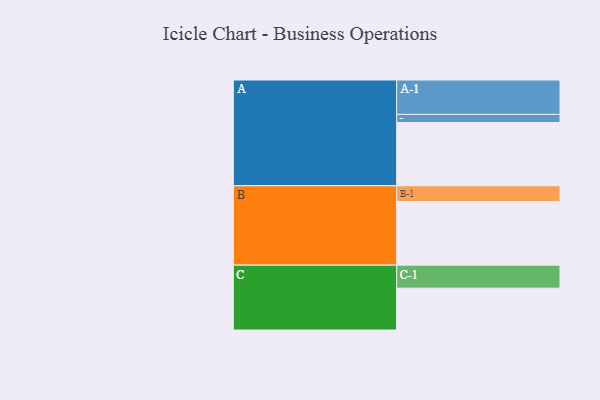
{"axis": {"x": "Segment", "y": "Value"}, "legend": ["", "A", "B", "C"], "data": [{"x": "A", "y": 527, "type": ""}, {"x": "B", "y": 530, "type": ""}, {"x": "C", "y": 349, "type": ""}, {"x": "A-1", "y": 287, "type": "A"}, {"x": "A-2", "y": 68, "type": "A"}, {"x": "B-1", "y": 132, "type": "B"}, {"x": "C-1", "y": 192, "type": "C"}]}